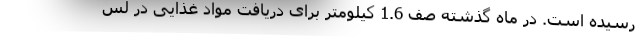
رسیده است. در ماه گذشته صف 1.6 کیلومتر برای دریافت مواد غذایی در لس